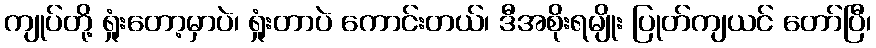
ကျုပ်တို့ ရှုံးတော့မှာပဲ၊ ရှုံးတာပဲ ကောင်းတယ်၊ ဒီအစိုးရမျိုး ပြုတ်ကျယင် တော်ပြီ၊